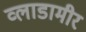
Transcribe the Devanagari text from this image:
व्लाडामीर